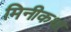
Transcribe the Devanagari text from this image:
मिनीकथा